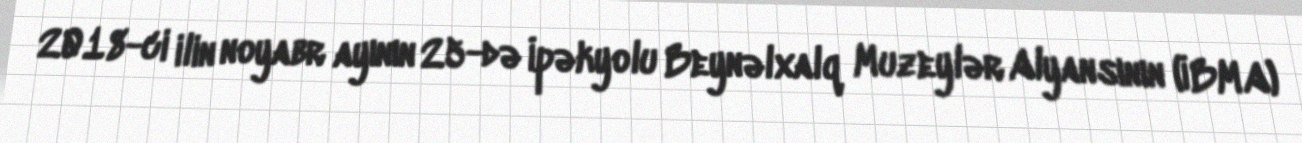
2018-ci ilin noyabr ayının 25-də İpəkyolu Beynəlxalq Muzeylər Alyansının (İBMA)